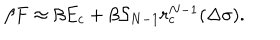
LaTeX: \beta F \approx \beta E _ { c } + \beta { \cal S } _ { N - 1 } r _ { c } ^ { N - 1 } ( \Delta \sigma ) .